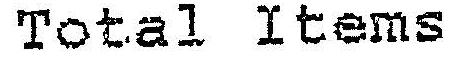
TOTAL ITEMS